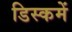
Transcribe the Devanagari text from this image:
डिस्कमें